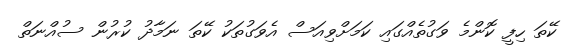
ކޭތަ ހިފީ ކޮންމެ ވަގުތެއްގައި ކަމަށްވިއަސް އެވަގުތަކު ކޭތަ ނަމާދު ކުރުން ސުއްނަތް